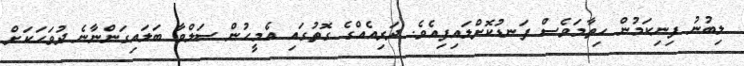
ލިބުނު ފިނިކަމުން ހިތާމަވެސް ފަނޑުކޮށްލައިފިއެވެ. ދަރިއެއްގެ ގޮތުގައި އެމީހުން ސަލްވާ ބަލައިގަންނާނެ ދުވަހަކަށް